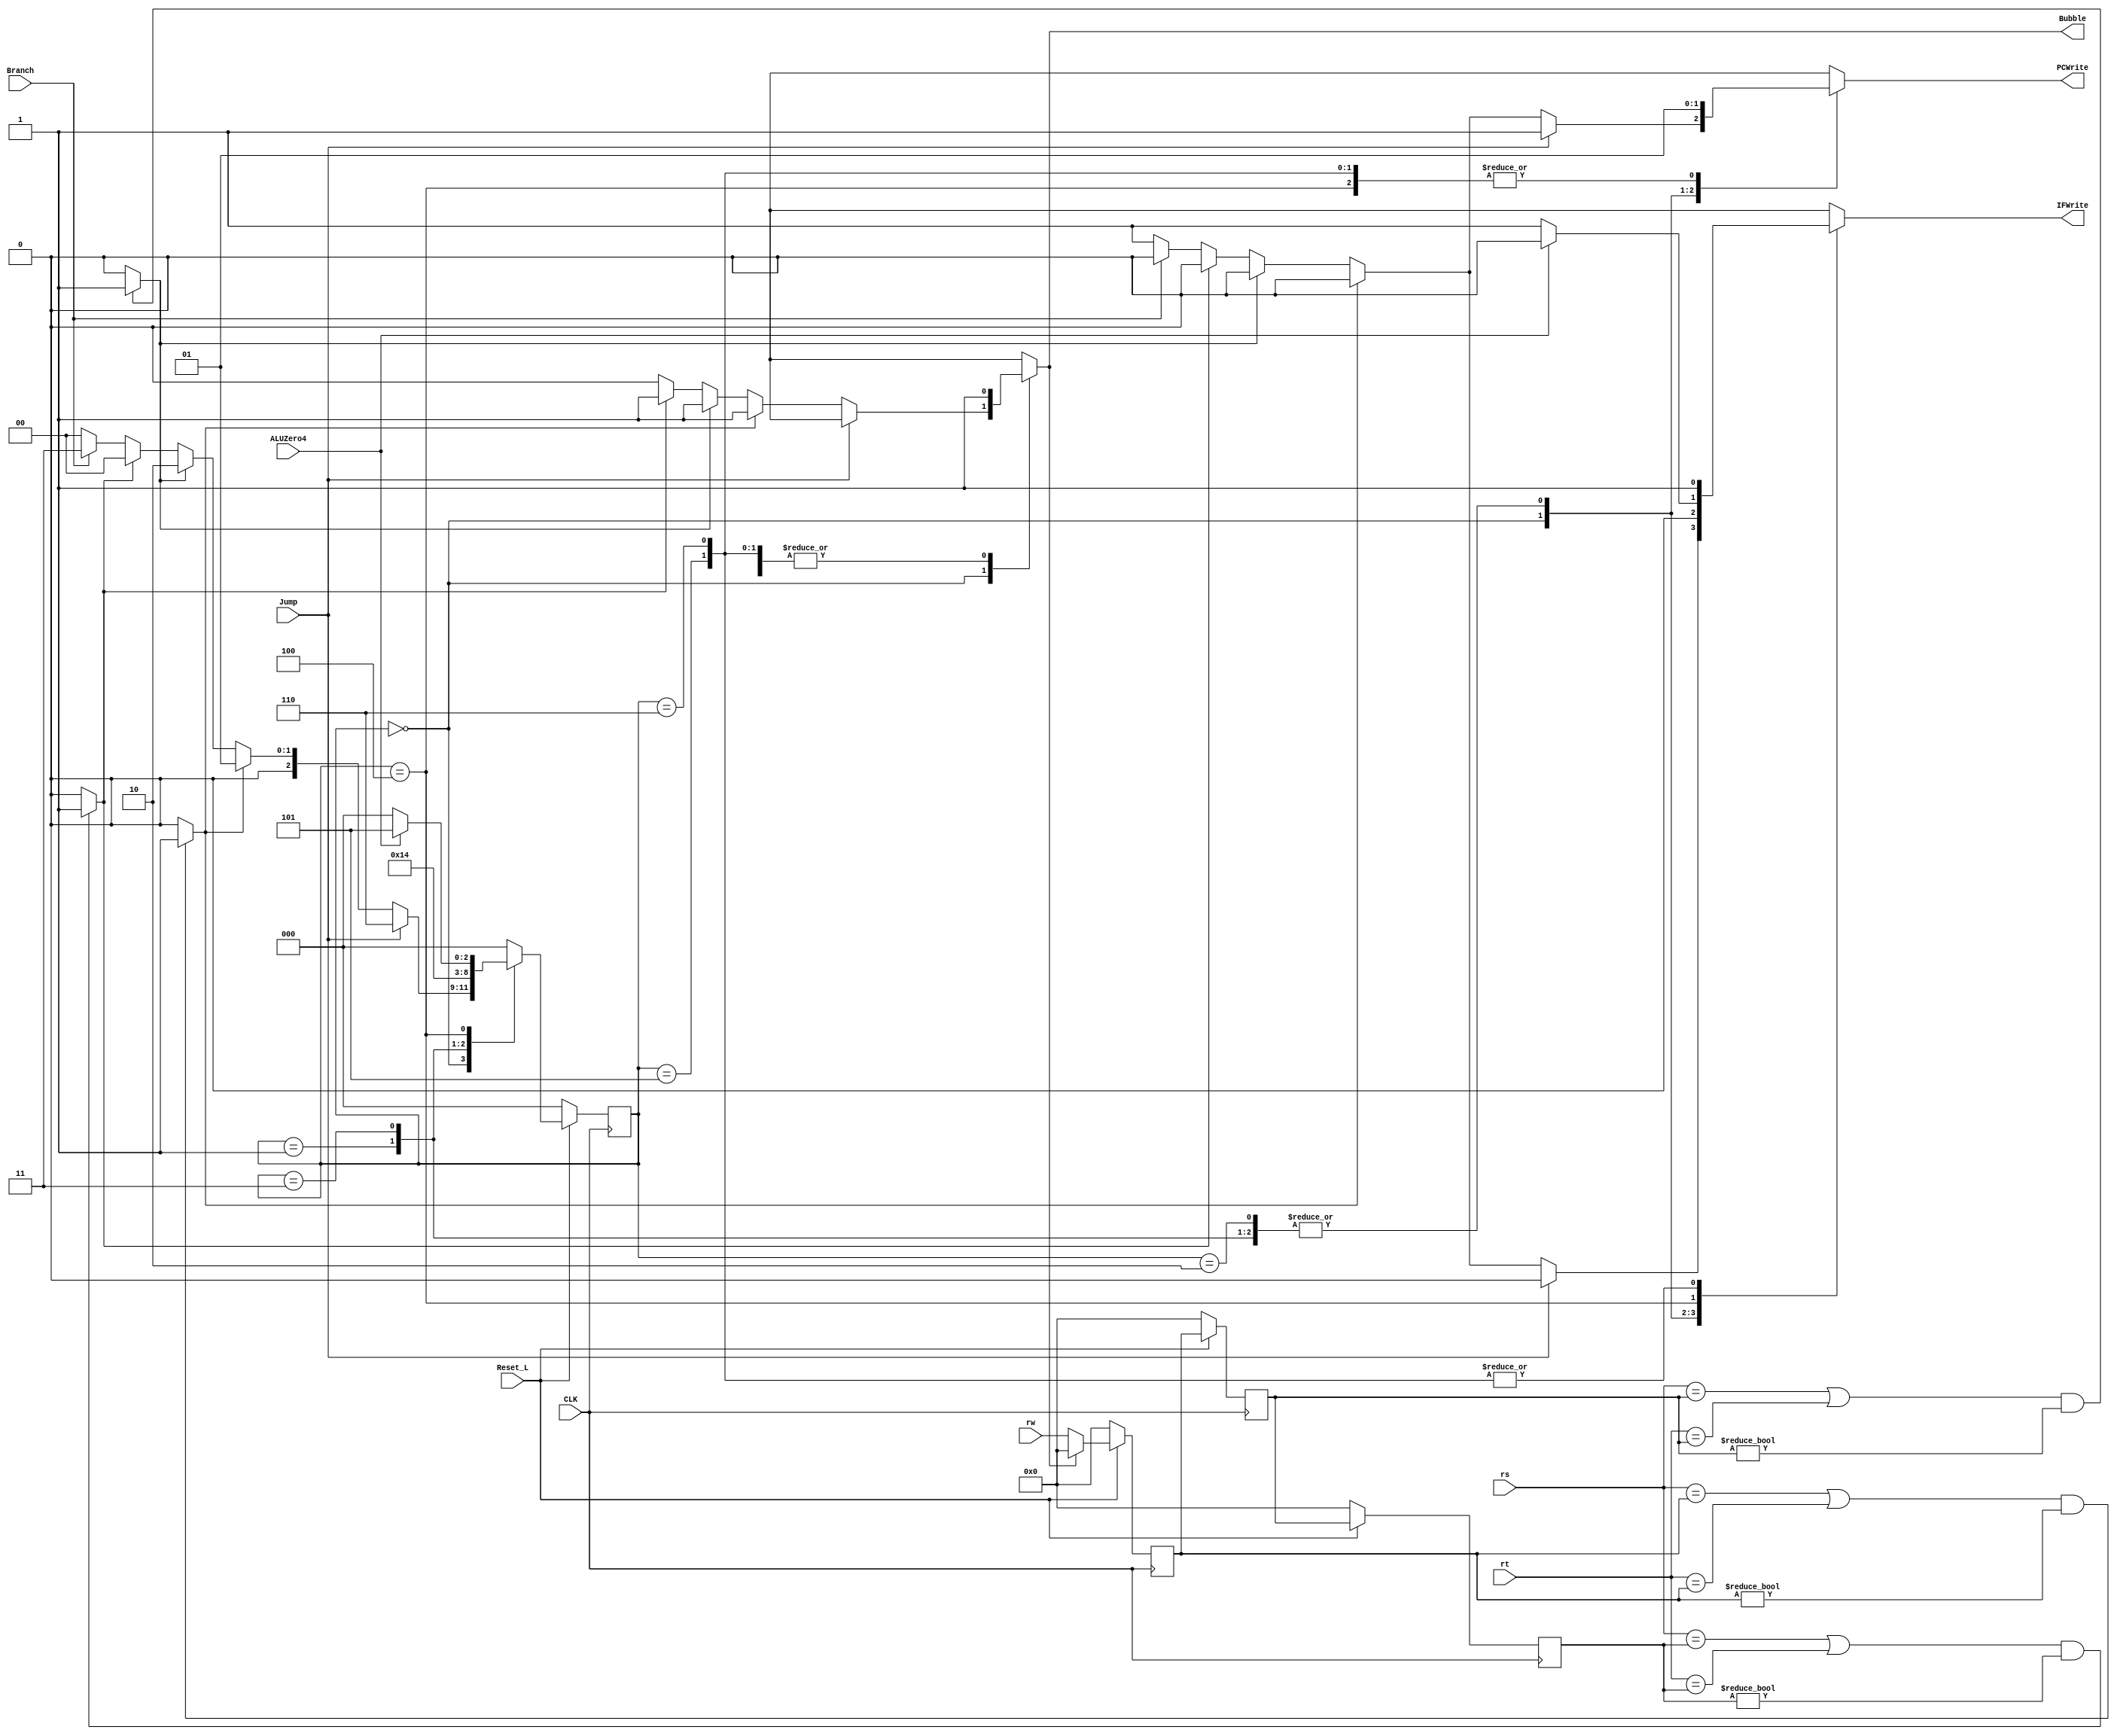
`timescale 1ns / 1ps
//////////////////////////////////////////////////////////////////////////////////
// Company: 
// Engineer: 
// 
// Design Name: 
// Module Name:    Hazard 
// Project Name: 
// Target Devices: 
// Tool versions: 
// Description: 
//
// Dependencies: 
//
// Revision: 
// Revision 0.01 - File Created
// Additional Comments: 
//
//////////////////////////////////////////////////////////////////////////////////

//FSM Hazard States Defined
`define NoHazard_state 3'b000
`define Bubble0 3'b001
`define Bubble1 3'b010
`define Branch0 3'b011
`define Branch1 3'b100
`define Branch2 3'b101
`define Jump0 	3'b110

module Hazard(PCWrite, IFWrite, Bubble, Branch, ALUZero4, Jump, rw, rs, rt, Reset_L, CLK);
	input			Branch;
	input			ALUZero4;
	input			Jump;
	input	[4:0]	rw;
	input	[4:0]	rs;
	input	[4:0]	rt;
	input			Reset_L;
	input			CLK;
	output		reg PCWrite;
	output		reg IFWrite;
	output		reg Bubble;
				 
	
	/*internal signals*/
	wire cmp1, cmp2, cmp3; //Compares rs and rt to previous stage, used to check dependencies
	
	/*internal state*/
	reg [2:0] FSM_state, FSM_nxt_state; //State machine
	reg [4:0] rw1, rw2, rw3; //rw history registers, hold previous values
	
	/*create compare logic*/
	/* cmp1, cmp2, cmp3 finds the dependancy btween current instruction and the one before make cmpx if needed*/
	assign cmp1 = (((rs==rw1)||(rt==rw1))&&(rw1!= 0)) ? 1:0; // 3 cycles of bubbles
	assign cmp2 = (((rs==rw2)||(rt==rw2))&&(rw2!= 0)) ? 1:0; // 2 cycles of bubbles
	assign cmp3 = (((rs==rw3)||(rt==rw3))&&(rw3!= 0)) ? 1:0; // 1 cycle of bubbles

	/*keep track of rw*/
	always @(negedge CLK) begin
		if(Reset_L ==  0) begin //Reset is inverted bit, if high value push previosuly written to registers
			rw1 <=  0;
			rw2 <=  0;
			rw3 <=  0;
		end
		else begin
			rw1 <= Bubble?0:rw;//insert bubble if needed; moving next value of rw into pipeline
			rw2 <= rw1;
			rw3 <= rw2;
		end
	end
	
	/*FSM state register*/
	always @(negedge CLK) begin
		if(Reset_L == 0) 
			FSM_state <= 0;
		else
			FSM_state <= FSM_nxt_state;
	end
	
	/*FSM next state and output logic*/
	always @(*) begin //combinatory logic
		case(FSM_state)
			`NoHazard_state: begin 
				if(Jump == 1'b1) begin //prioritize jump
					//uncondition return to no hazard state
					/* Provde the value of FSM_nxt_state and outputs 				    			(PCWrite,IFWrite,Buble)*/ 
					FSM_nxt_state <= #2 `Jump0; //If jump, go to jump
					PCWrite <= #2 1;
					IFWrite <= #2 0;
					Bubble <= #2 1'bX;
				end
				
				else if(cmp1== 1'b1) begin //3-delay data hazard
					//uncondition return to no hazard state
					/* Provde the value of FSM_nxt_state and outputs 				    			(PCWrite,IFWrite,Buble)*/ 
					FSM_nxt_state <= #2 `Bubble0;
					PCWrite <= #2 0;
					IFWrite <= #2 0;
					Bubble <= #2 1;
				end
				
				else if (cmp2 == 1'b1) begin //2-delay data hazard
					FSM_nxt_state <= #2 `Bubble1;
					PCWrite <= #2 0;
					IFWrite <= #2 0;
					Bubble <= #2 1;
				end

				else if (cmp3 == 1'b1) begin //1-delay data hazard
					FSM_nxt_state <= #2 `NoHazard_state;
					PCWrite <= #2 0;
					IFWrite <= #2 0;
					Bubble <= #2 1;
				end

				else if(Branch) begin //If branch, go to branch
					FSM_nxt_state <= #2 `Branch0;
					PCWrite <= #2 0;
					IFWrite <= #2 0;
					Bubble <= #2 0;
				end
				/* Complite the "NoHazard_state" state as needed*/
				else begin 
					FSM_nxt_state <= #2 `NoHazard_state; //Default stage if no hazards
					PCWrite <= #2 1;
					IFWrite <= #2 1;
					Bubble <= #2 0;
				end
			end

			`Bubble0: begin
			//uncondition return to no hazard state
			/* Provde the value of FSM_nxt_state and outputs 				    			(PCWrite,IFWrite,Buble)*/ 
				FSM_nxt_state <=#2 `Bubble1; //Go to second bubble stage
				PCWrite <= #2 0;
				IFWrite <= #2 0;
				Bubble <= #2 1;
			end
			
			`Bubble1: begin
				FSM_nxt_state <=#2 `NoHazard_state; //Go to third bubble stage, which is back to n hazard
				PCWrite <= #2 0;
				IFWrite <= #2 0;
				Bubble <= #2 1;
			end

			`Branch0: begin
				FSM_nxt_state <=#2 `Branch1; //Go to 2nd branch hazard control
				PCWrite <= #2 0;
				IFWrite <= #2 0;
				Bubble <= #2 1;
			end

			`Branch1: begin
				if (ALUZero4) begin //Considers taken and not taken
					FSM_nxt_state <=#2 `Branch2; //Go to 2nd branch harzard control
					PCWrite <= #2 1; 
					IFWrite <= #2 0;
					Bubble <= #2 1;
				end

				else begin
					FSM_nxt_state <= #2 `NoHazard_state;
					PCWrite <= #2 1;
					IFWrite <= #2 1;
					Bubble <= #2 1;
				end
			end

			`Branch2: begin
				FSM_nxt_state <=#2 `NoHazard_state; //Last branch hazard control
				PCWrite <= #2 1;
				IFWrite <= #2 1;
				Bubble <= #2 1;
			end

			`Jump0: begin
				FSM_nxt_state <=#2 `NoHazard_state; //Goes to jump hazard control and then returns to no hazard state
				PCWrite <= #2 1;
				IFWrite <= #2 1;
				Bubble <= #2 1;
			end

			default: begin
				FSM_nxt_state <= #2 `NoHazard_state; //default case, returning to no hazard stage
				PCWrite <= #2 1'bX;
				IFWrite <= #2 1'bX;
				Bubble  <= #2 1'bx;
			end
		endcase
	end

endmodule